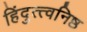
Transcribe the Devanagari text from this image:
हिंदुत्त्वनिष्ठ